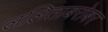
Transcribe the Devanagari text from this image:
ललिताबरोबर